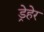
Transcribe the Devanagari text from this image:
ड्रेहेर